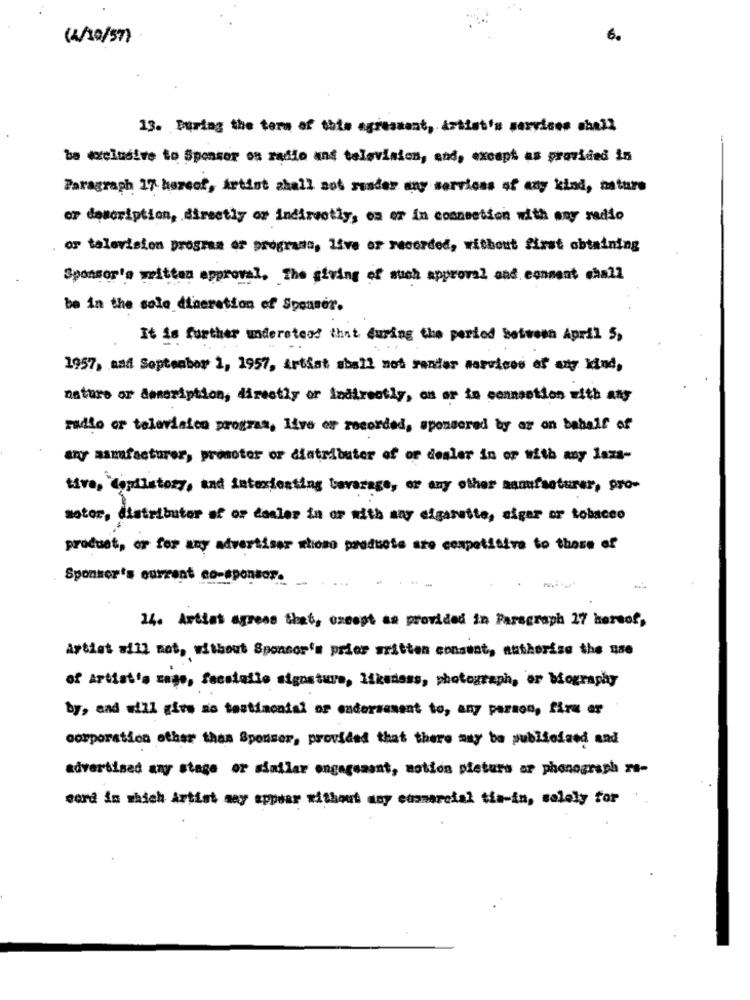
(4/10/57)
6.
13. During the term of this agressent, artist's services shell
ba mxelusive to Sponsor on radio and television, and, except as provided in
Paragraph 17 hereof, Artist shall not runder any services of any kind, nature
or description, directly or indirectly, os or in connection with any radio
or television program or programs, live or recorded, without first obtaining
Sponsor's written approval, The giving of such approval and consent chall
be in the sole dineration of Spouser.
It is further understood that during the period between April 5,
1957, and September 1, 1957, Artist shall not renter services of any kind,
nature or deneription, directly or indirectly, on or in connection with any
radio or television program, live er recorded, sponsored by as on behalf of
any samefacturer, promotor or distributer of or dealer in or with any laza-
tive, Copistory, and interesting beverage, or any other manufacturer, pro-
soter, distributor of or dealer in or with may cigarette, siger or tobacco
product, or for my advertiser wiono products are competitive to those of
Sponsor's current co-sponsor.
14. Artist agrees that, except as provided in Paragraph 27 hornof,
Artiet will not, without Sponsor's prior written consent, authorize the 150
of Artist's mago, fecolalio signature, likedess, photograph, er biography
by, and will give no testimonial or endersesent to, any person, fire er
corporation other than Sponsor, provided that there may be publicized and
advertised any stage or similar engagemant, motion pieturs ar phonograph ra-
cord in which Artist may appear without any cusmarcial tin-in, solely for